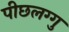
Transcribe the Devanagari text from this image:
पीछलग्गु